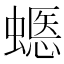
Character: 𧏽